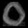
Digit: ၀